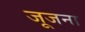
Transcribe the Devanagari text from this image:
जूजना